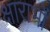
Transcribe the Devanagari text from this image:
क्षाराभों